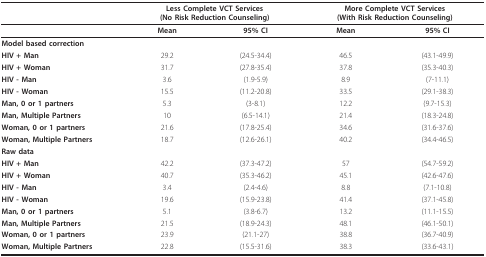
|  | <COLSPAN=2> Less Complete VCT Services (No Risk Reduction Counseling) | <COLSPAN=2> More Complete VCT Services (With Risk Reduction Counseling) |
 | --- | --- | --- | --- | --- |
 |  | Mean | 95% CI | Mean | 95% CI |
 | Model based correction |  |  |  |  |
 | HIV + Man | 29.2 | (24.5-34.4) | 46.5 | (43.1-49.9) |
 | HIV + Woman | 31.7 | (27.8-35.4) | 37.8 | (35.3-40.3) |
 | HIV - Man | 3.6 | (1.9-5.9) | 8.9 | (7-11.1) |
 | HIV - Woman | 15.5 | (11.2-20.8) | 33.5 | (29.1-38.3) |
 | Man, 0 or 1 partners | 5.3 | (3-8.1) | 12.2 | (9.7-15.3) |
 | Man, Multiple Partners | 10 | (6.5-14.1) | 21.4 | (18.3-24.8) |
 | Woman, 0 or 1 partners | 21.6 | (17.8-25.4) | 34.6 | (31.6-37.6) |
 | Woman, Multiple Partners | 18.7 | (12.6-26.1) | 40.2 | (34.4-46.5) |
 | Raw data |  |  |  |  |
 | HIV + Man | 42.2 | (37.3-47.2) | 57 | (54.7-59.2) |
 | HIV + Woman | 40.7 | (35.3-46.2) | 45.1 | (42.6-47.6) |
 | HIV - Man | 3.4 | (2.4-4.6) | 8.8 | (7.1-10.8) |
 | HIV - Woman | 19.6 | (15.9-23.8) | 41.4 | (37.1-45.8) |
 | Man, 0 or 1 partners | 5.1 | (3.8-6.7) | 13.2 | (11.1-15.5) |
 | Man, Multiple Partners | 21.5 | (18.9-24.3) | 48.1 | (46.1-50.1) |
 | Woman, 0 or 1 partners | 23.9 | (21.1-27) | 38.8 | (36.7-40.9) |
 | Woman, Multiple Partners | 22.8 | (15.5-31.6) | 38.3 | (33.6-43.1) |